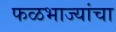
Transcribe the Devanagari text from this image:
फळभाज्यांचा